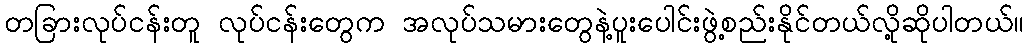
တခြားလုပ်ငန်းတူ လုပ်ငန်းတွေက အလုပ်သမားတွေနဲ့ပူးပေါင်းဖွဲ့စည်းနိုင်တယ်လို့ဆိုပါတယ်။